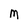
Character: M